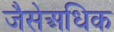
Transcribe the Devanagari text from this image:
जैसेअधिक